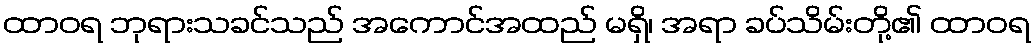
ထာဝရ ဘုရားသခင်သည် အကောင်အထည် မရှိ၊ အရာ ခပ်သိမ်းတို့၏ ထာဝရ